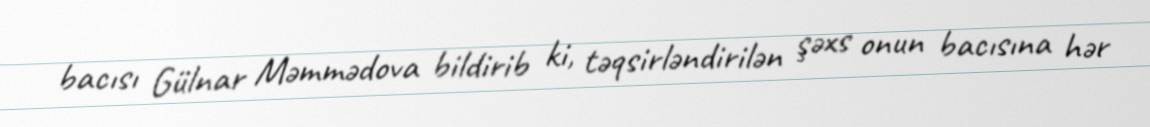
bacısı Gülnar Məmmədova bildirib ki, təqsirləndirilən şəxs onun bacısına hər